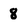
Character: 8